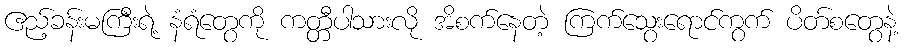
ဧည့်ခန်းမကြီးရဲ့ နံရံတွေကို ကတ္တီပါသားလို အိစက်နေတဲ့ ကြက်သွေးရောင်ကွက် ပိတ်စတွေနဲ့